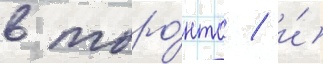
в торо́нто / и́